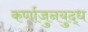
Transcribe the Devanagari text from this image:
कर्णाजुनयुद्ध